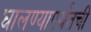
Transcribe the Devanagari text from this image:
घालण्यापर्यंतची